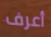
أعرف